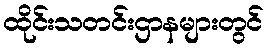
ထိုင်းသတင်းဌာနများတွင်